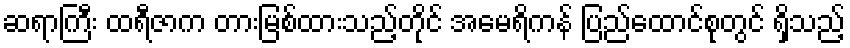
ဆရာကြီး ထရီဇာက တားမြစ်ထားသည့်တိုင် အမေရိကန် ပြည်ထောင်စုတွင် ရှိသည့်